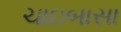
ચાઇબાસા